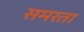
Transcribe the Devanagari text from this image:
समरता